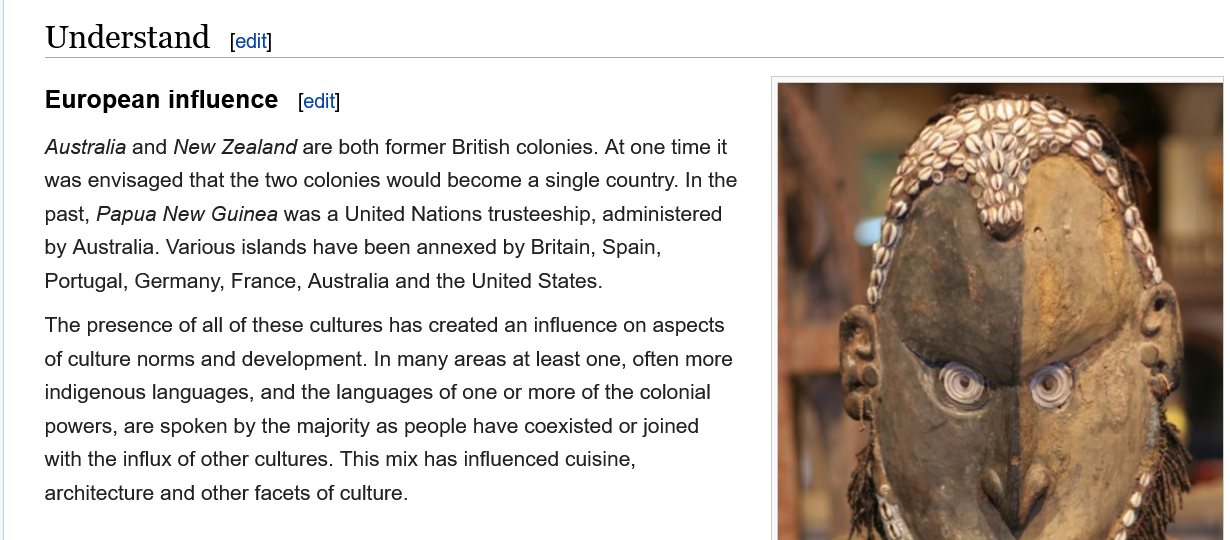
The presence of all of these cultures has created an influence on aspects
     of culture norms and development. In many areas at least one, often more
     indigenous languages, and the languages of one or more of the colonial
     powers, are spoken by the majority as people have coexisted or joined
     with the influx of other cultures. This mix has influenced cuisine,
     architecture and other facets of culture.
    Australia and New Zealand are both former British colonies. At one time it
     was envisaged that the two colonies would become a single country. In the
     past, Papua New Guinea was a United Nations trusteeship, administered
     by Australia. Various islands have been annexed by Britain, Spain,
     Portugal, Germany, France, Australia and the United States.
     European influence
     Understand    [edit]
     [edit]